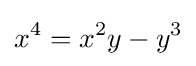
x^{4}=x^{2}y-y^{3}